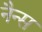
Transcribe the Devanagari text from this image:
नैन्स